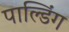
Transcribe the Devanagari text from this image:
पाल्डिंग